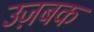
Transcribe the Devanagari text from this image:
उज़बक